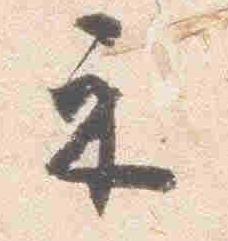
示